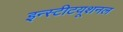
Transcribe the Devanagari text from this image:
इन्स्टीटयूशनल